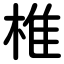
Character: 椎